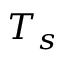
T _ { s }